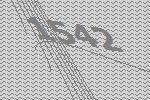
1542